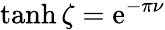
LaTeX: \operatorname{tanh}\zeta=\mathrm{e}^{-\pi\nu}